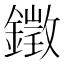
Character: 𨬠